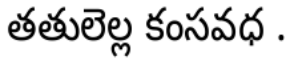
తతులెల్ల కంసవధ .